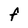
Character: F